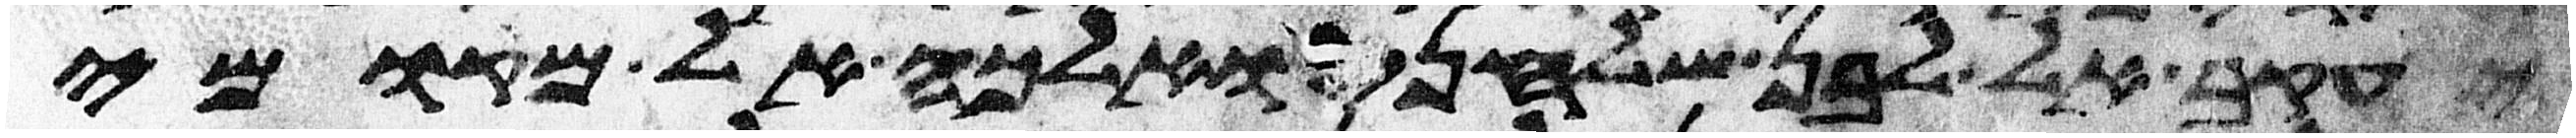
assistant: יעקב אל לבן שלחני ואלכה אל מקומי